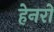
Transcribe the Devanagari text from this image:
हेनरो